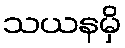
သယနမှိ